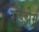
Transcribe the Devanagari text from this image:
राईझेस